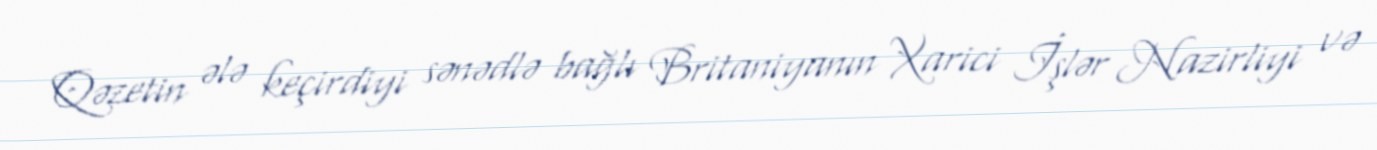
Qəzetin ələ keçirdiyi sənədlə bağlı Britaniyanın Xarici İşlər Nazirliyi və